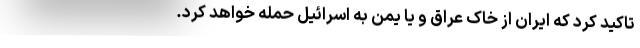
تاکید کرد که ایران از خاک عراق و یا یمن به اسرائیل حمله خواهد کرد.